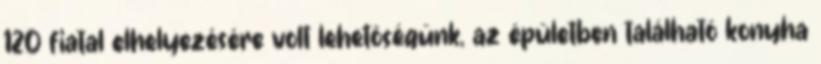
120 fiatal elhelyezésére volt lehetõségünk, az épületben található konyha